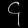
Digit: ၄